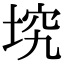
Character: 㙀